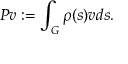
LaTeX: P v : = \int _ { G } \rho ( s ) v d s .